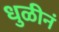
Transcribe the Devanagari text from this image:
धुळीनं